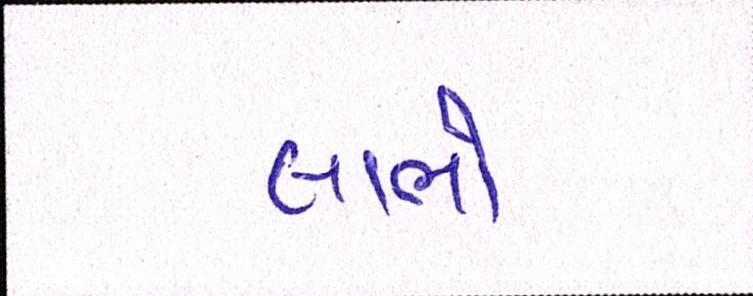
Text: લાભો